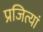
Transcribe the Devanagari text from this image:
प्रजित्यां